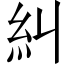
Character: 糾